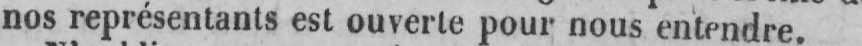
nos représentants est ouverte pour nous entendre.